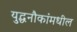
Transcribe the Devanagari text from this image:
युद्धनौकांमधील